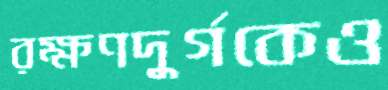
রক্ষণদুর্গকেও